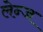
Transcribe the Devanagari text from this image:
लेन्ज